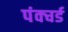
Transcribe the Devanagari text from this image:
पंक्चर्ड